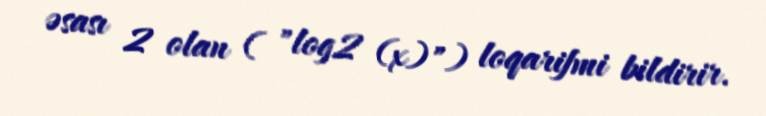
əsası 2 olan ( "log2 (x)") loqarifmi bildirir.